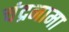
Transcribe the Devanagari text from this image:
चंद्रनामा